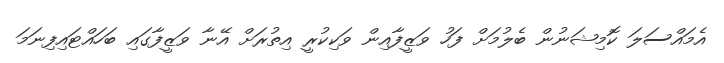
އެމައްސަލަ ކޮމިޝަނުން ބެލުމަށް ފަހު ވަޒީފާއިން ވަކިކުރީ އިތުރަށް އޭނާ ވަޒީފާގައި ބަހައްޓައިފިނަމަ